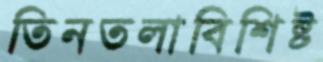
তিনতলাবিশিষ্ট